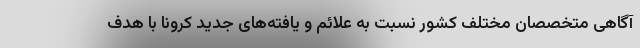
آگاهی متخصصان مختلف کشور نسبت به علائم و یافته‌های جدید کرونا با هدف